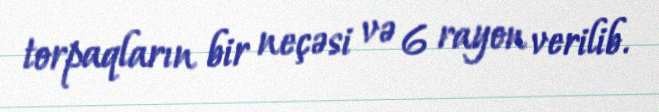
torpaqların bir neçəsi və 6 rayon verilib.